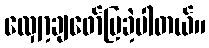
လျှော့ချဖော်ပြခဲ့ပါတယ်။